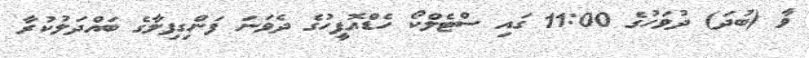
ވާ (ބުދަ) ދުވަހުގެ 11:00 ގައި ސްޓެލްކޯ ހެޑްއޮފީހުގެ ދެވަނަ ފަންގިފިލާގެ ބައްދަލުކުރާ